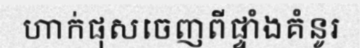
ហាក់ផុសចេញពីផ្ទាំងគំនូរ